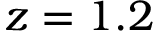
z = 1 . 2